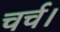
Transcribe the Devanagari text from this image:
चर्च।